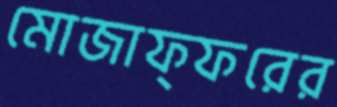
মোজাফ্ফরের